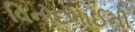
વિનોદભાઈની